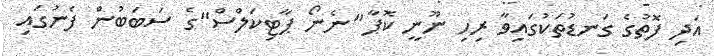
އަދި ފޮތުގެ ގަނޑުތަކުގައިވާ ރިހި ނޫނީ ކޮޕާ "ނެނޯ ޕާޓިކަލްސް"ގެ ސަބަބުން ފެނުގައި